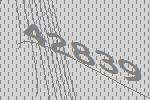
42839